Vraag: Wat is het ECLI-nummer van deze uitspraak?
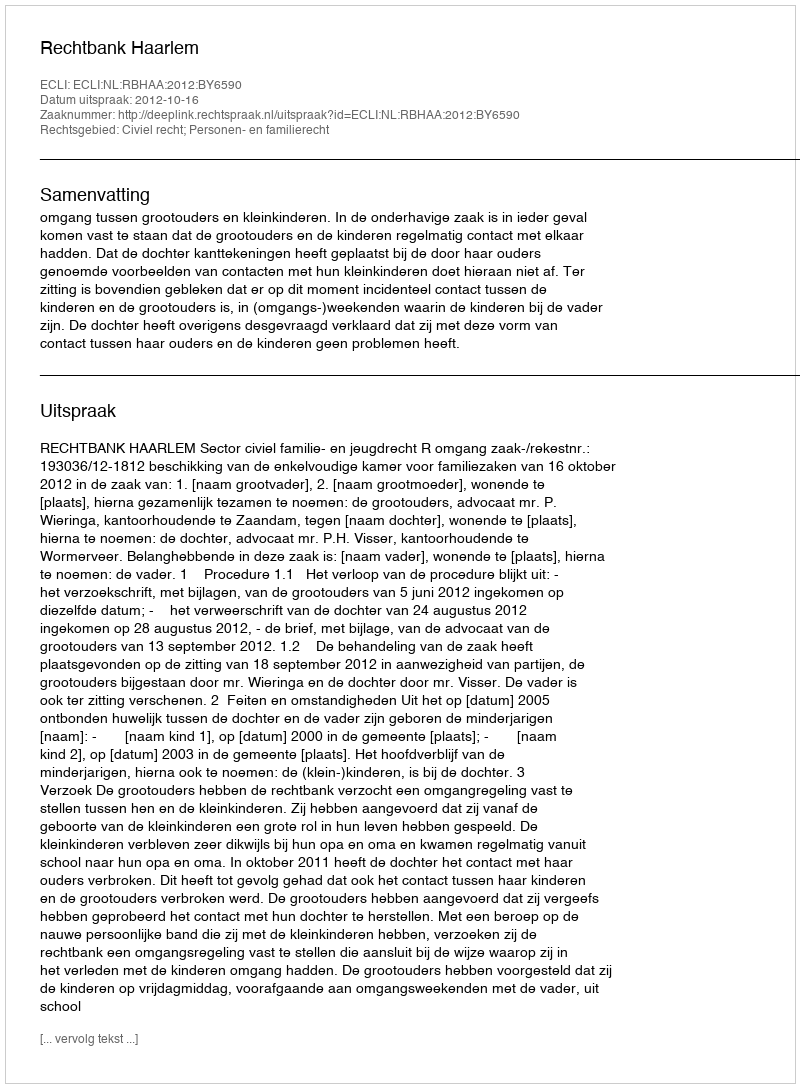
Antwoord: ECLI:NL:RBHAA:2012:BY6590